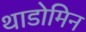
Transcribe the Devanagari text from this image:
थाडोमिन